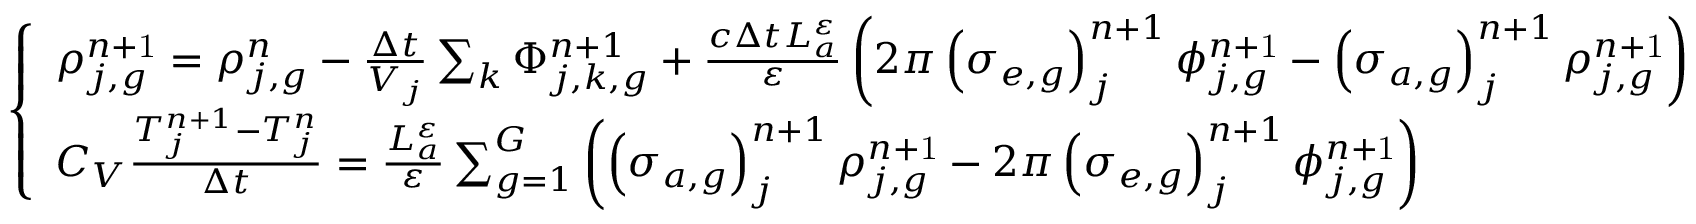
\left\{ \begin{array} { l } { { \rho _ { j , g } ^ { n \mathrm { + 1 } } = \rho _ { j , g } ^ { n } - \frac { \Delta t } { V _ { j } } \sum _ { k } \Phi _ { j , k , g } ^ { n + 1 } + \frac { c \Delta t L _ { a } ^ { \varepsilon } } { \varepsilon } \left( 2 \pi \left( \sigma _ { e , g } \right) _ { j } ^ { n + 1 } \phi _ { j , g } ^ { n \mathrm { + 1 } } - \left( \sigma _ { a , g } \right) _ { j } ^ { n + 1 } \rho _ { j , g } ^ { n \mathrm { + 1 } } \right) } } \\ { { C _ { V } \frac { T _ { j } ^ { n + 1 } - T _ { j } ^ { n } } { \Delta t } = \frac { L _ { a } ^ { \varepsilon } } { \varepsilon } \sum _ { g = 1 } ^ { G } \left( \left( \sigma _ { a , g } \right) _ { j } ^ { n + 1 } \rho _ { j , g } ^ { n \mathrm { + 1 } } - 2 \pi \left( \sigma _ { e , g } \right) _ { j } ^ { n + 1 } \phi _ { j , g } ^ { n \mathrm { + 1 } } \right) } } \end{array} \right.